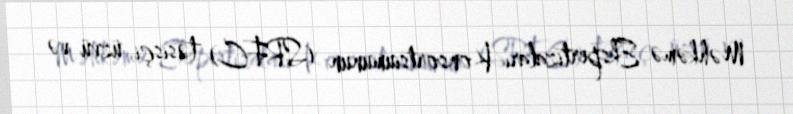
Məhkəmə Ekspertizaları Konsortsiumunun (SRFC) təsisçi üzvü və